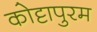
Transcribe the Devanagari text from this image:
कोट्टापुरम